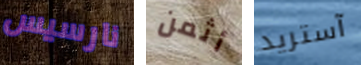
نارسيس أثمن آستريد